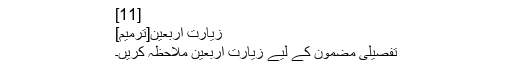
[11]
زیارت اربعین[ترمیم]
تفصیلی مضمون کے لیے زیارت اربعین ملاحظہ کریں۔